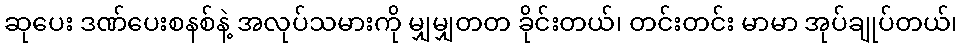
ဆုပေး ဒဏ်ပေးစနစ်နဲ့ အလုပ်သမားကို မျှမျှတတ ခိုင်းတယ်၊ တင်းတင်း မာမာ အုပ်ချုပ်တယ်၊